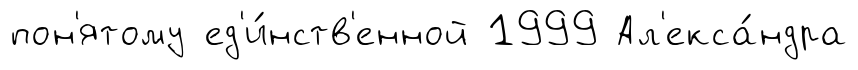
пон'ятому ед'и́нств'енной 1999 Ал'екса́ндра